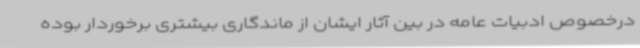
درخصوص ادبیات عامه در بین آثار ایشان از ماندگاری بیشتری برخوردار بوده